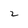
Character: 2